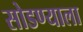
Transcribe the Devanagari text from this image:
सोडण्याला